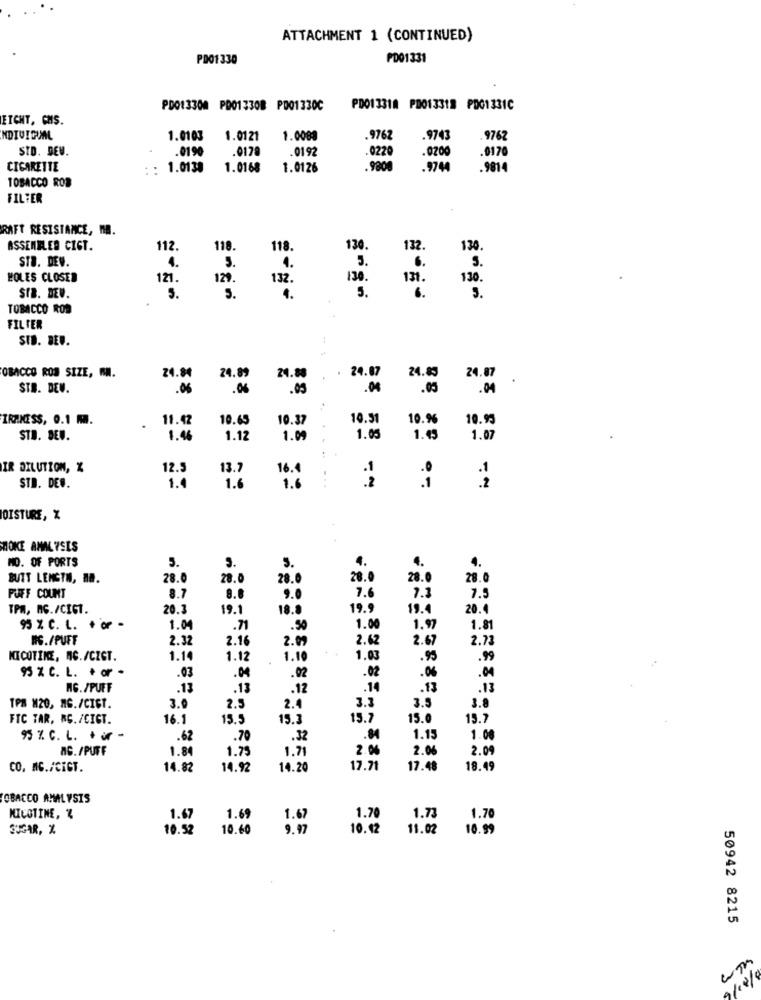
ATTACHMENT 1 (CONTINUED)
PD01330
PD01331
PD013300 PD013308 P001330C
PD013318 PD013318 PDG1331C
ETCHT, CMS.
INDIVIDUAL
1.0103
1.0121
1.0089
.9762
.9743
.9762
SID. DEV.
.0190
.0170
.0192
.0200
.0220
.0170
CIGARETTE
: : 1.0138
1.0168
1.0126
.9800
.9744
.9814
TOBACCO ROB
FILTER
RAFT RESISTANCE, M.
ASSEMBLED CIGT.
112.
118.
118.
130.
132.
130
STB. DEV.
4.
5.
6 .
4 .
HOLES CLOSER
121
129
132.
130.
131 .
3.
1.
5.
6 .
STB. DEV.
5.
5.
TOBACCO ROS
FILTER
SID. BEU.
OBACCO ROB SIZE, AN.
24.89
24.88
24.07
24.83
24.07
24.84
STB. DEW.
.06
.06
.05
.04
.05
.04
IRAKCESS, 0.1 MM.
11.42
10.65
10.37
10.51
10.96
10.93
STB. DEW.
1.46
1.12
1.09
1.05
1.43
1.07
IR DILUTION, %
12.3
13.7
-1
.1
1.0
1.6
16.4
1.6
.2
.1
.2
STD. DE ..
OISTURE, X
MOKE ANALYSIS
NO. OF PORTS
5.
5.
4.
4.
4.
BUIT LENGTH, MR.
28.0
28.0
28.0
28.0
28.0
28.0
7.6
7.3
PUFF COUNT
8.7
9.0
7.5
TPM, AG./CIGT.
20.3
19.1
18.0
19.9
19.4
20.
1.0
95 % C. L. + or -
1.04
.71
.50
1.97
1.81
NS./PUFF
2.32
2.16
2.62
2.67
2.7
2.99
NICOTINE, NG./CIGT.
1.14
1.12
1.10
1.03
.95
.99
.02
.06
.04
95 % C. L. + or -
.03
.04
.02
AG. /PUFF
.13
.13
.12
.14
.13
.13
3.5
3.8
TPA M20, MG./CIST.
3.0
2.5
2.4
3.
FTC TAR, RG. /CIGT.
16.1
15.5
15.3
15.7
15.0
15.7
95 % C. L. + 3
.62
.70
.32
.84
1.15
1.00
AG. /PUFF
1.8
1.75
1.71
2.04
2.06
2.09
CO. MC./CIGT.
14.82
14.92
14.20
17.7
17.48
18.49
OBACCO ANALYSIS
NICOTINE, %
1.67
1.69
1.67
1.7
1.73
1.7
SUGAR, %
10.52
10.60
9.97
10.42
11.02
10.99
50942 8215
9/12/